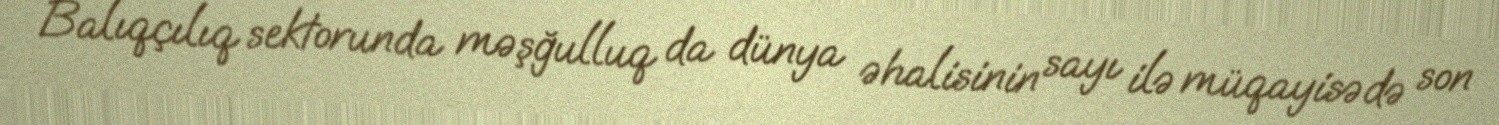
Balıqçılıq sektorunda məşğulluq da dünya əhalisinin sayı ilə müqayisədə son